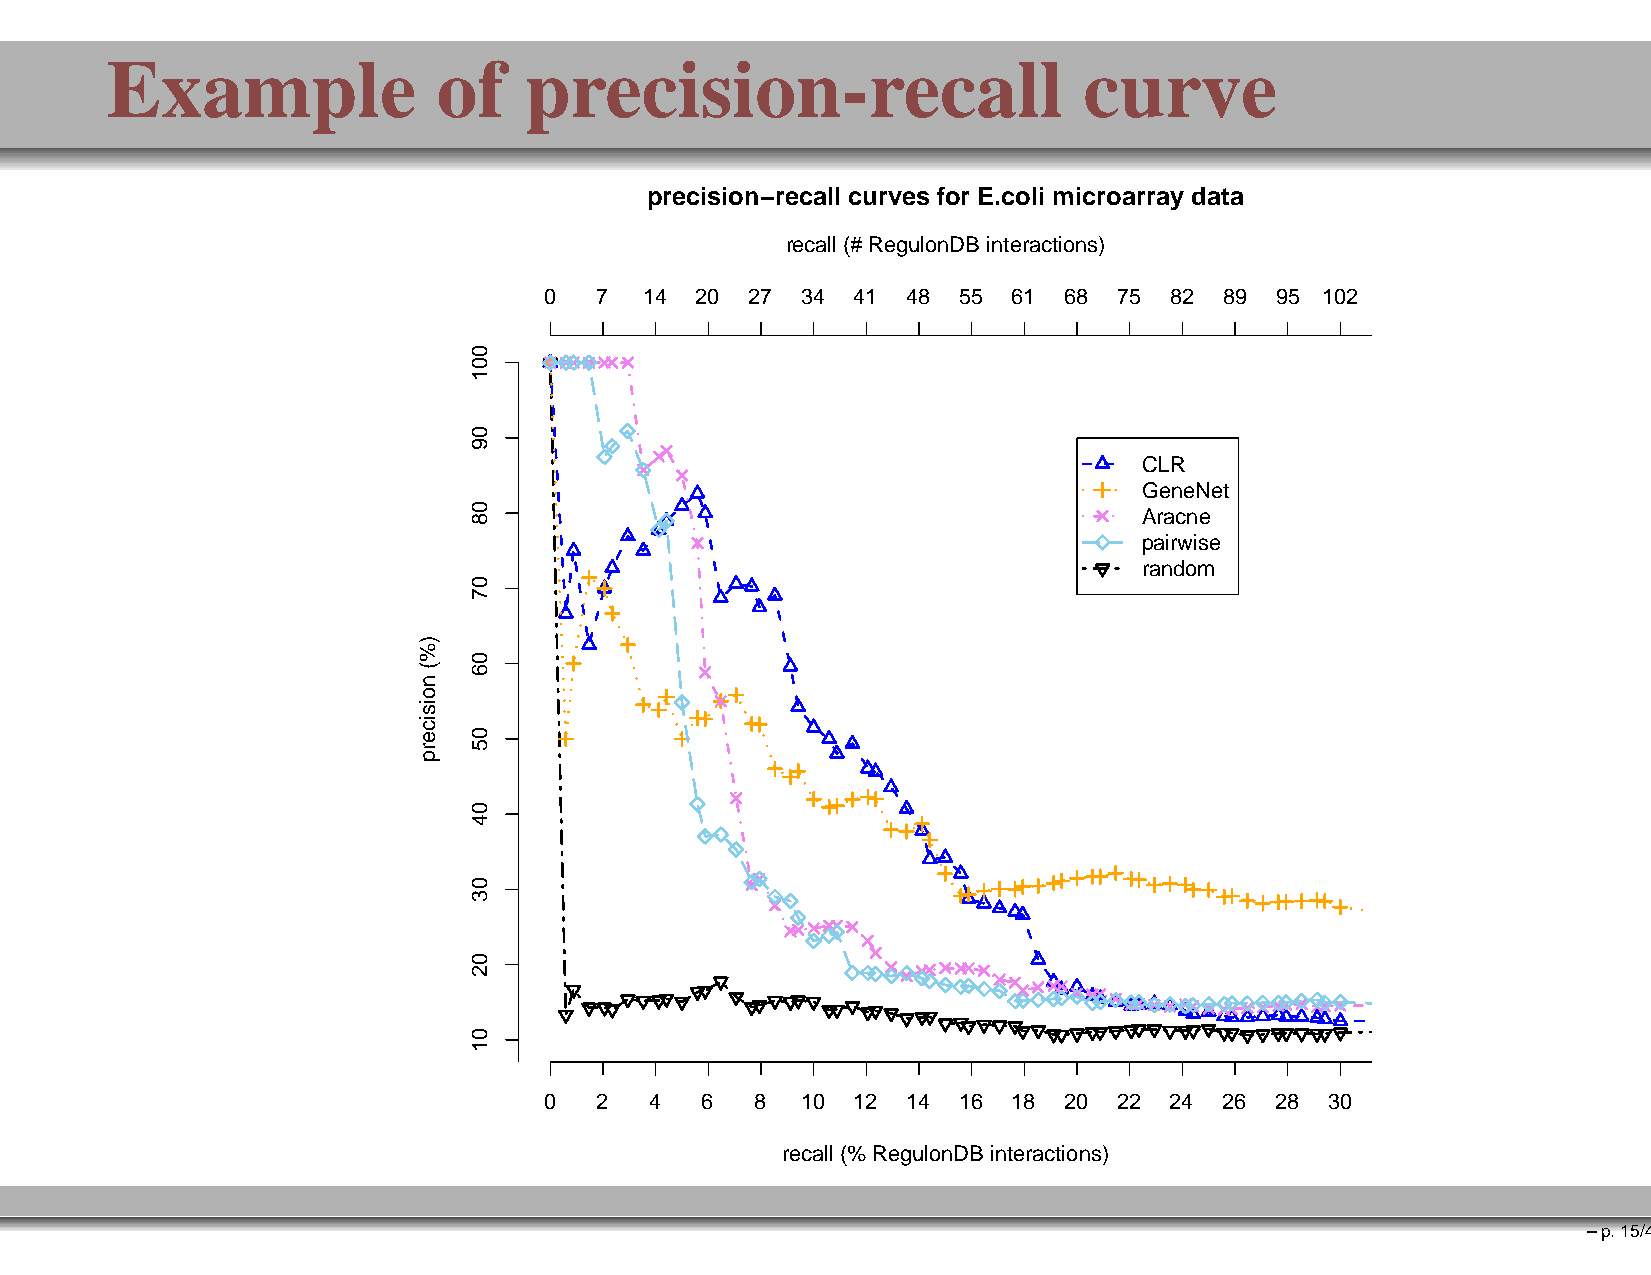
Example               of    precision-recall                     curve
 precision−recall curves for E.coli microarray data
 recall (# RegulonDB interactions)
 0  7   14 20  27 34  41 48 55  61 68  75 82  89 95 102
 CLR
 GeneNet
 Aracne
 pairwise
 random
 0  2   4  6   8  10  12 14 16  18 20  22 24  26 28  30
 recall (% RegulonDB interactions)
 –p.15/41
 )%(
 noisicerp
 001
 09
 08
 07
 06
 05
 04
 03
 02
 01